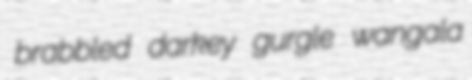
brabbled darkey gurgle wangala